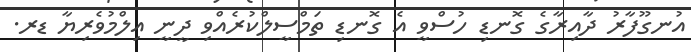
އުނގޫފާރު ދާއިރާގެ ގޮނޑި ހުސްވީ އެ ގޮނޑި ތަމްސީލްކުރެއްވި ދީނީ އިލްމުވެރިޔާ ޑރ.